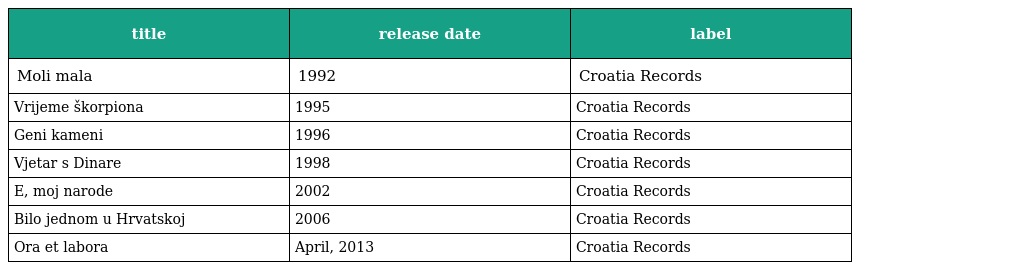
| title | release date | label |
 | --- | --- | --- |
 | Moli mala | 1992 | Croatia Records |
 | Vrijeme škorpiona | 1995 | Croatia Records |
 | Geni kameni | 1996 | Croatia Records |
 | Vjetar s Dinare | 1998 | Croatia Records |
 | E, moj narode | 2002 | Croatia Records |
 | Bilo jednom u Hrvatskoj | 2006 | Croatia Records |
 | Ora et labora | April, 2013 | Croatia Records |